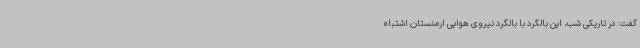
گفت: در تاریکی شب، این بالگرد با بالگرد نیروی هوایی ارمنستان اشتباه